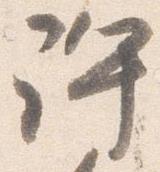
許